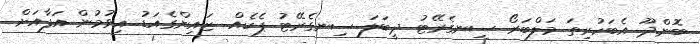
ބޮންދޫ އެބަހުރިތަ މަލްބަރޯ ސިނގެރޭޓު ދީބަލަ ސިނގެރޭޓު ޕެކެއް.. ޒައިންގެއަޑު އިވުމުން އަފާއަށް